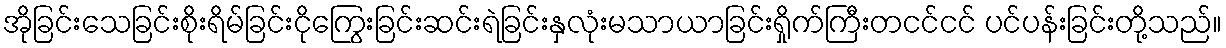
အိုခြင်းသေခြင်းစိုးရိမ်ခြင်းငိုကြွေးခြင်းဆင်းရဲခြင်းနှလုံးမသာယာခြင်းရှိုက်ကြီးတငင်ငင် ပင်ပန်းခြင်းတို့သည်။